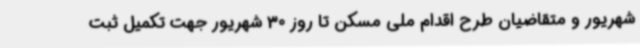
شهریور و متقاضیان طرح اقدام ملی مسکن تا روز 30 شهریور جهت تکمیل ثبت